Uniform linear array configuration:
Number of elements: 4
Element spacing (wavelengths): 0.5
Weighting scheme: uniform
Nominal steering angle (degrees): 0
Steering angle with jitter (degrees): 1.108
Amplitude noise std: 0.05
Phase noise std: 0.05

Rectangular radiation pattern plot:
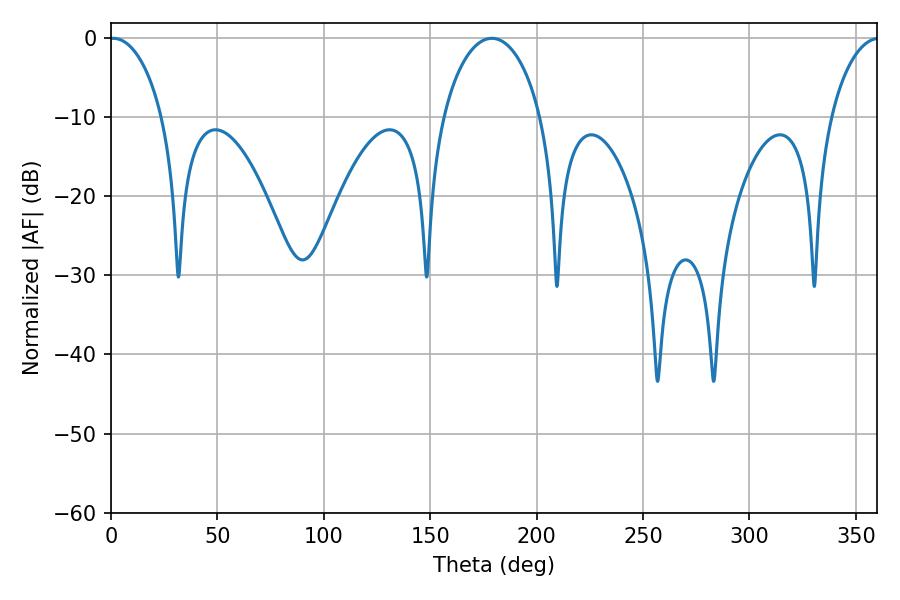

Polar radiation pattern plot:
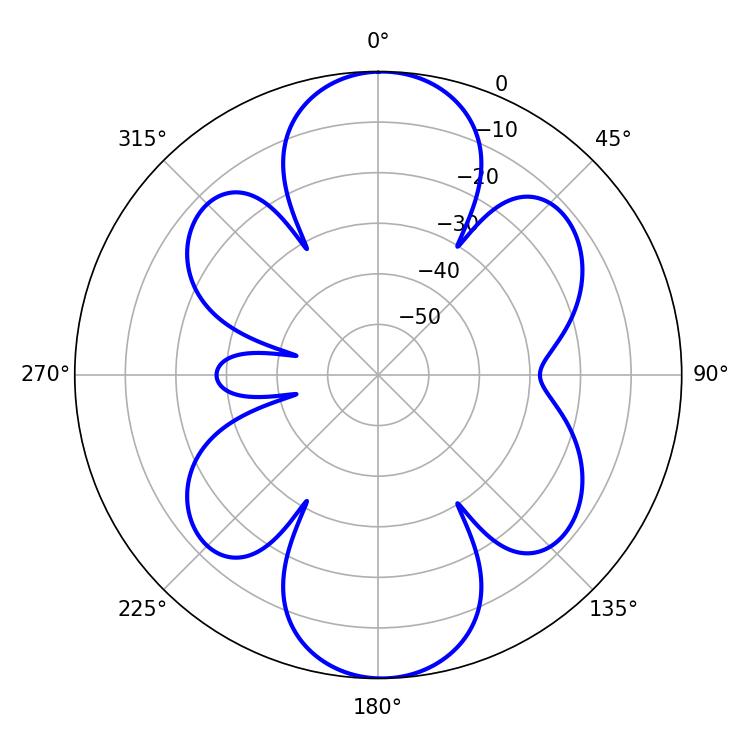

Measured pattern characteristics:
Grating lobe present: FALSE
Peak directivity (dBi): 18.056
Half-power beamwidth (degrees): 14.22
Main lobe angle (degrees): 1.08